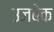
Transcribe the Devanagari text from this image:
उजबेक